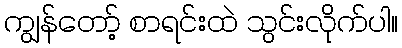
ကျွန်တော့် စာရင်းထဲ သွင်းလိုက်ပါ။